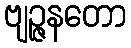
ဗျဉ္ဇနတော